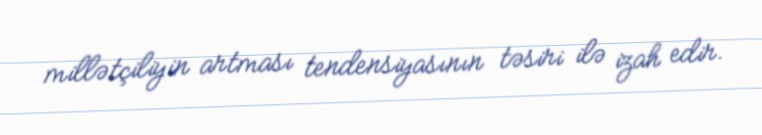
millətçiliyin artması tendensiyasının təsiri ilə izah edir.